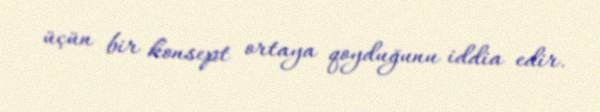
üçün bir konsept ortaya qoyduğunu iddia edir.